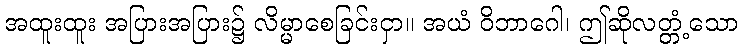
အထူးထူး အပြားအပြား၌ လိမ္မာစေခြင်းငှာ။ အယံ ဝိဘာဂေါ၊ ဤဆိုလတ္တံ့သော